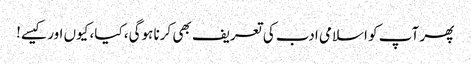
پھر آپ کو اسلامی ادب کی تعریف بھی کرنا ہوگی، کیا، کیوں اور کیسے!